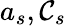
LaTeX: a_{s},\mathcal{C}_{s}